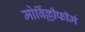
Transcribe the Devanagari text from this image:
मोर्बिल्लीफॉर्म